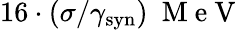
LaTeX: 16\cdot(\sigma/\gamma_{\mathrm{syn}})~\mathrm{~M~e~V~}